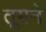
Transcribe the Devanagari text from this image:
तूमने